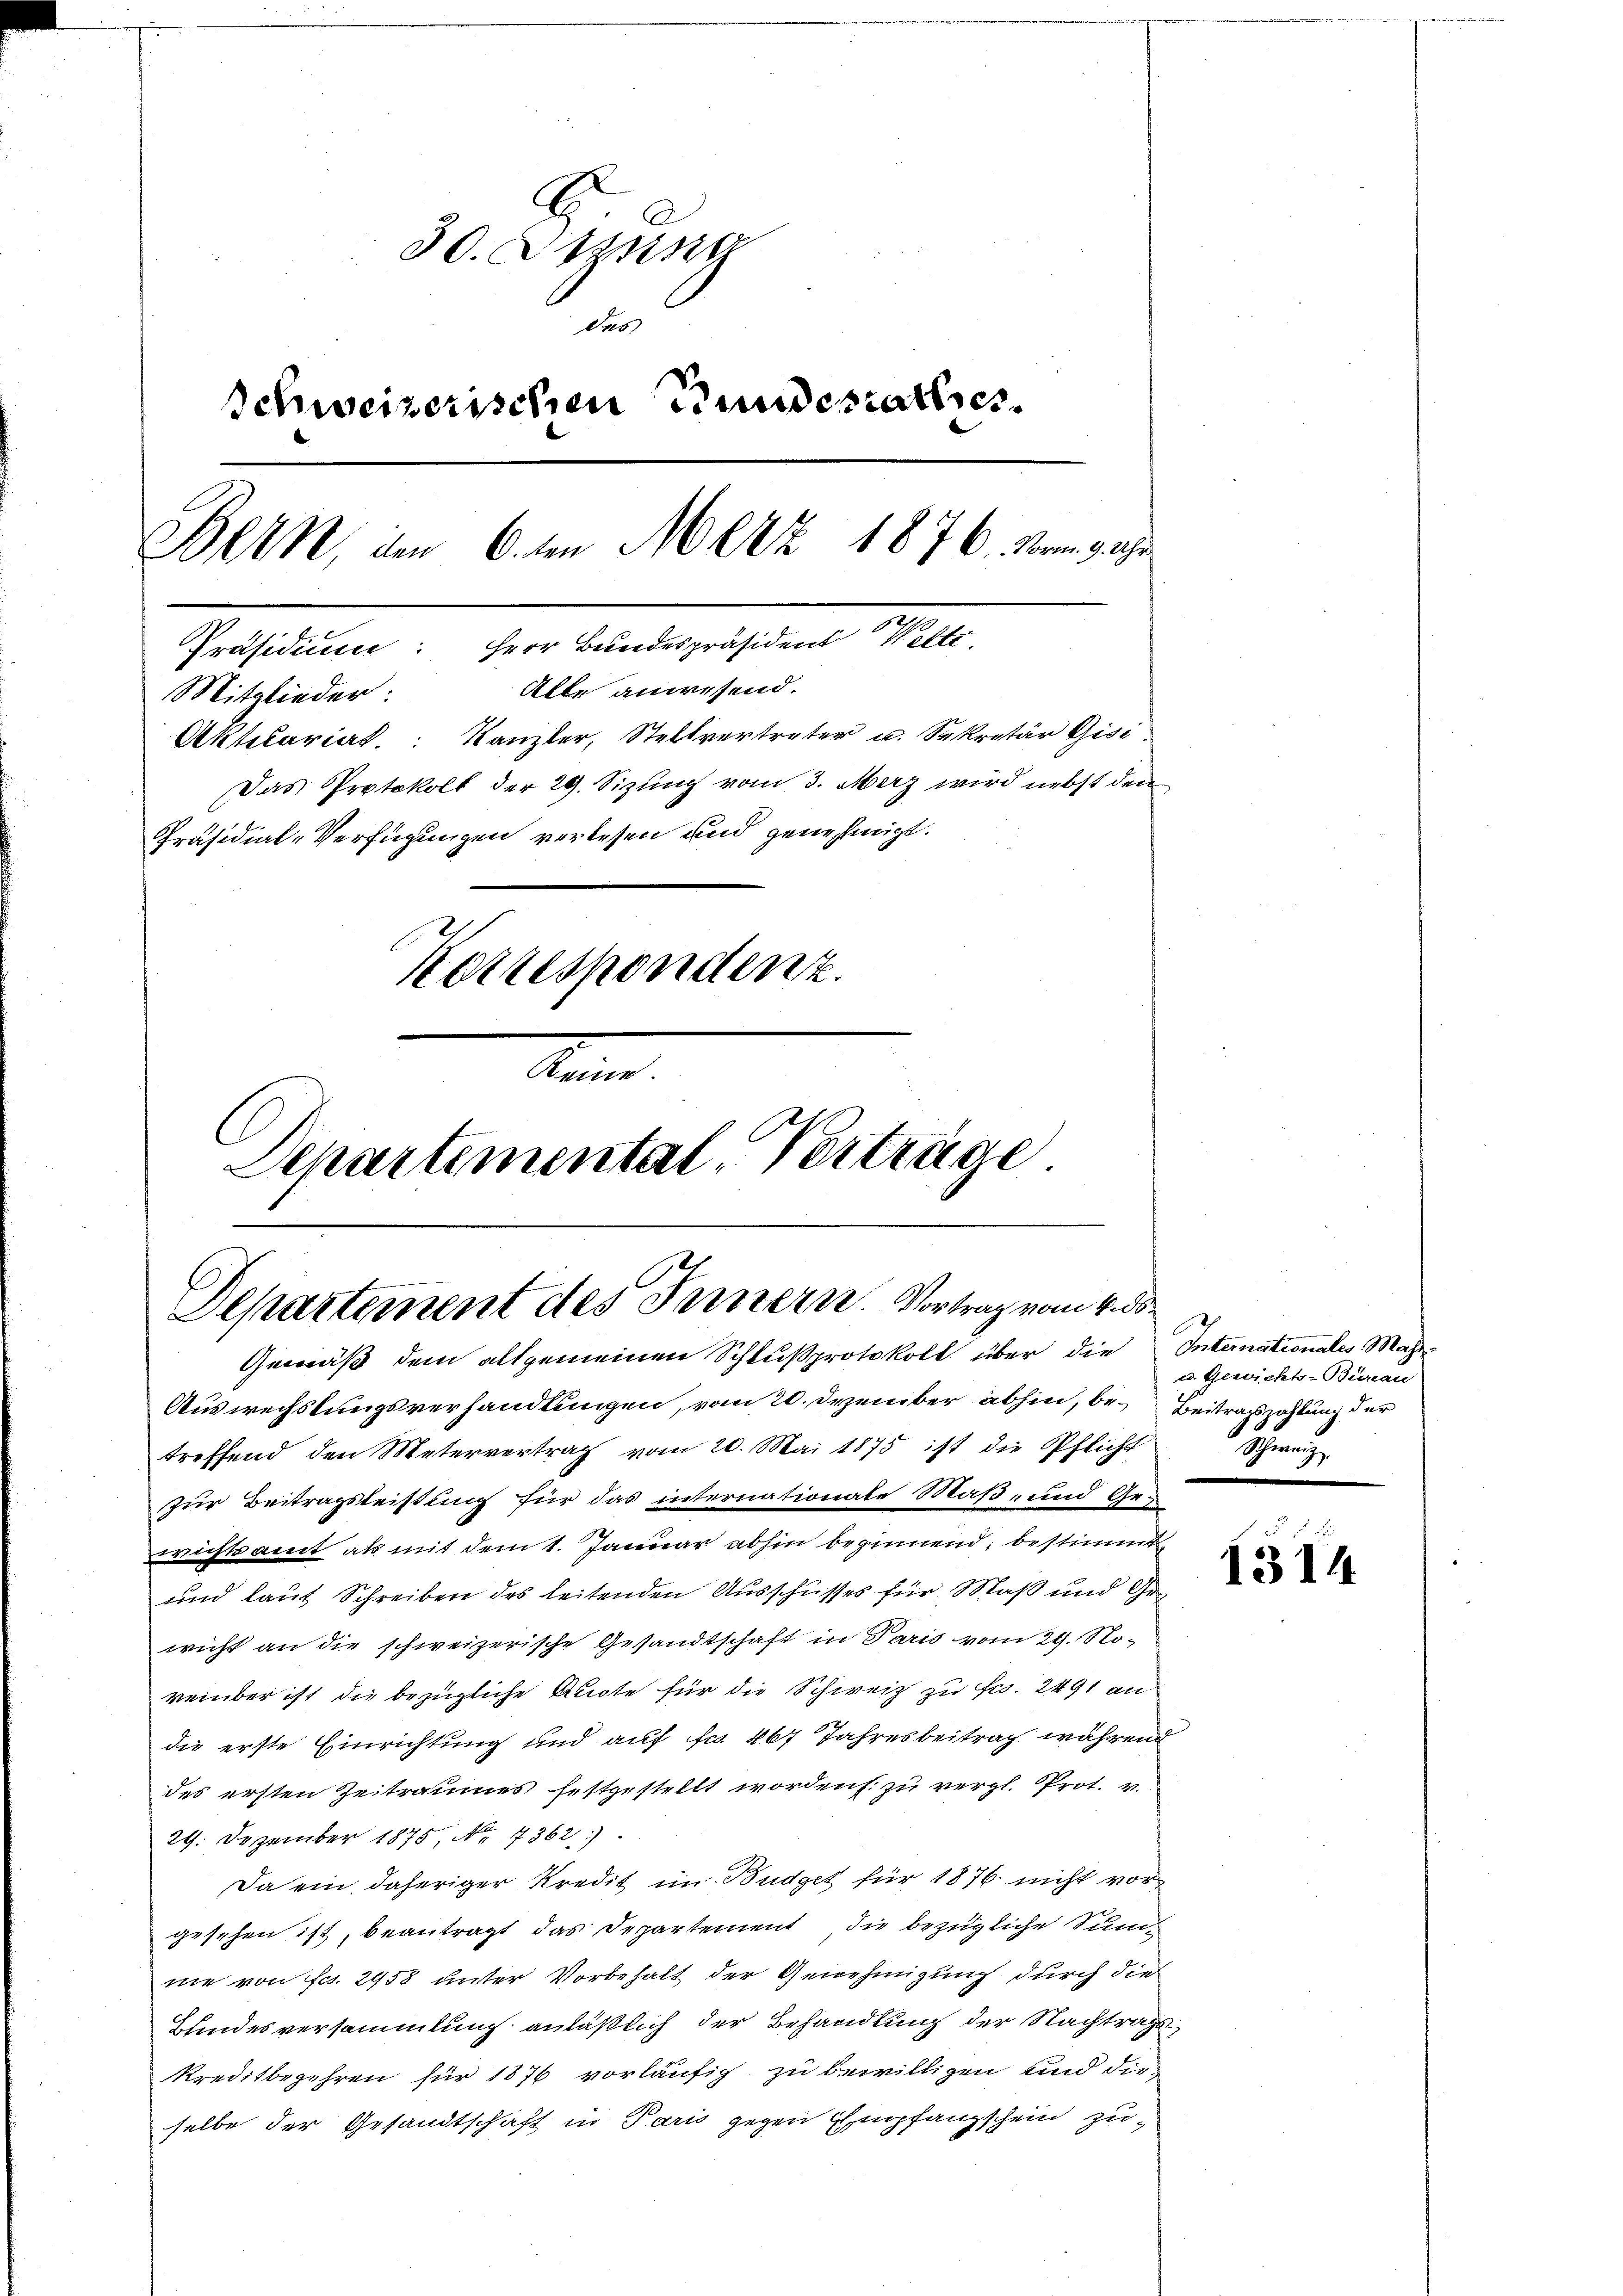
30. S
des
Schweizerischen Bundesrathe
Bern, um 6. ten Merz 1876. Bringes
Präsidium: Herr Bundespräsident Welt.
Alte anwesend.
Mitglieder:
Aktetarial, Kanzler, Stellvertreter u. Sekretär Gisi
Das Protokoll der 29. Sizung vom 3. Merz wird nebst den
Präsidial-Verfügungen verlesen und genehmigt.
Korrespondenz.
Seiner
Departemental-Verträge

Departement des Innern. Vortrag vom 4. ds.

Gemäß dem allgemeinen Schlußprotokoll über die Internationales Maßre
Auswechslungsverhandlungen, vom 20. Dezember abhin, be- Beitragszahlung der
treffend den Metervertrag vom 20. Mai 1875 ist die Pflicht
zur Beitragsleistung für das internationate Maß- und Ges
wichtsamt als mit dem 1. Januar abhin beginnend, bestimmt,
und laut Schreiben des leitenden Ausschusses für Maß und Gewicht an die schweizerische Gesandtschaft in Paris vom 29. Noverüber ist die bezügliche Quote für die Schweiz zu fl. 2491 an
die erste Einrichtung und auf fr. 467 Jahresbeitrag während
des ersten Zeitraumes festgestellt worden zu vergl. Prot. v.
29. Dezember 1875, No. 7362)
Da ein, daheriger Kredit im Budget für 1876. nicht vorgesehen ist, beantragt das Departement die bezügliche Sumnie von Frs. 2958 unter Vorbehalt der Genehmigung durch die
Bundesversammlung anläßlich der Behandlung der Nachträge
kreditbegehren für 1876 vorläufig zu bewilligen und dieselbe der Gesandtschaft in Paris gegen Empfangschein zu¬

u. Gewichts-Burau
Sing

1514